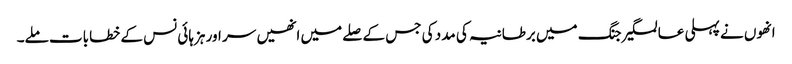
انھوں نے پہلی عالمگیر جنگ میں برطانیہ کی مدد کی جس کے صلے میں انھیں سر اور ہزہائی نس کے خطابات ملے۔